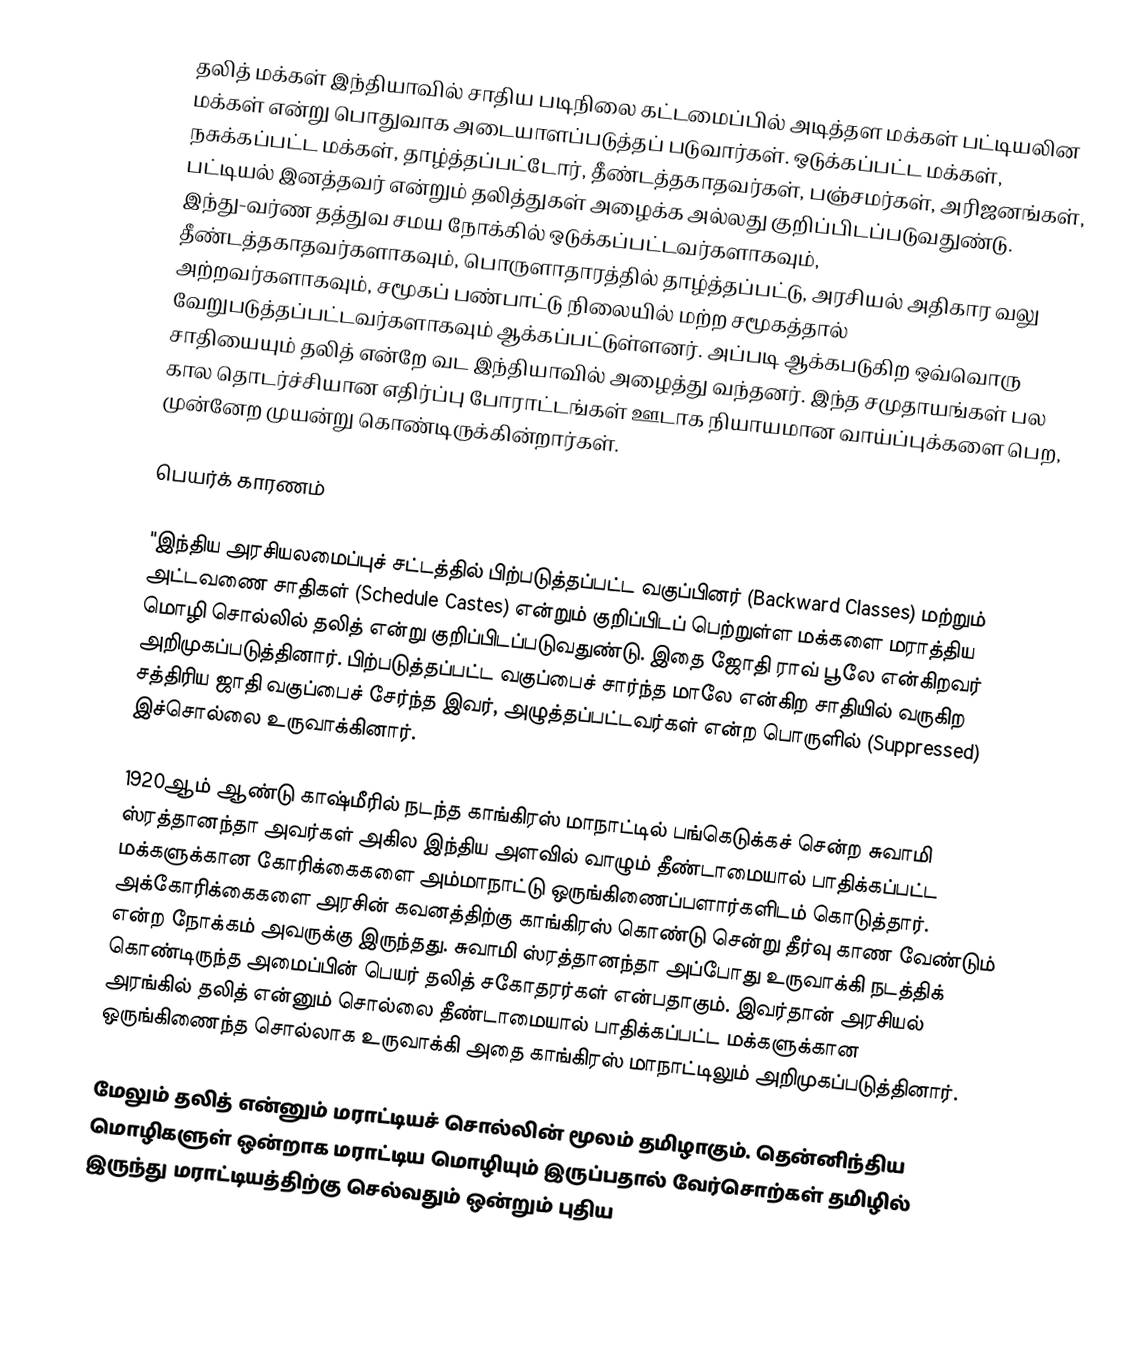
தலித் மக்கள் இந்தியாவில் சாதிய படிநிலை கட்டமைப்பில் அடித்தள மக்கள் பட்டியலின மக்கள் என்று பொதுவாக அடையாளப்படுத்தப் படுவார்கள். ஒடுக்கப்பட்ட மக்கள், நசுக்கப்பட்ட மக்கள், தாழ்த்தப்பட்டோர், தீண்டத்தகாதவர்கள், பஞ்சமர்கள், அரிஜனங்கள், பட்டியல் இனத்தவர் என்றும் தலித்துகள் அழைக்க அல்லது குறிப்பிடப்படுவதுண்டு. இந்து-வர்ண தத்துவ சமய நோக்கில் ஒடுக்கப்பட்டவர்களாகவும், தீண்டத்தகாதவர்களாகவும், பொருளாதாரத்தில் தாழ்த்தப்பட்டு, அரசியல் அதிகார வலு அற்றவர்களாகவும், சமூகப் பண்பாட்டு நிலையில் மற்ற சமூகத்தால் வேறுபடுத்தப்பட்டவர்களாகவும் ஆக்கப்பட்டுள்ளனர். அப்படி ஆக்கபடுகிற ஒவ்வொரு சாதியையும் தலித் என்றே வட இந்தியாவில் அழைத்து வந்தனர். இந்த சமுதாயங்கள் பல கால தொடர்ச்சியான எதிர்ப்பு போராட்டங்கள் ஊடாக நியாயமான வாய்ப்புக்களை பெற, முன்னேற முயன்று கொண்டிருக்கின்றார்கள்.

பெயர்க் காரணம்

"இந்திய அரசியலமைப்புச் சட்டத்தில் பிற்படுத்தப்பட்ட வகுப்பினர் (Backward Classes) மற்றும் அட்டவணை சாதிகள் (Schedule Castes) என்றும் குறிப்பிடப் பெற்றுள்ள  மக்களை மராத்திய மொழி சொல்லில் தலித் என்று குறிப்பிடப்படுவதுண்டு. இதை ஜோதி ராவ் பூலே என்கிறவர் அறிமுகப்படுத்தினார். பிற்படுத்தப்பட்ட வகுப்பைச் சார்ந்த மாலே என்கிற சாதியில் வருகிற சத்திரிய ஜாதி வகுப்பைச் சேர்ந்த இவர், அழுத்தப்பட்டவர்கள் என்ற பொருளில் (Suppressed) இச்சொல்லை உருவாக்கினார்.

1920ஆம் ஆண்டு காஷ்மீரில் நடந்த காங்கிரஸ் மாநாட்டில் பங்கெடுக்கச் சென்ற சுவாமி ஸ்ரத்தானந்தா அவர்கள் அகில இந்திய அளவில் வாழும் தீண்டாமையால் பாதிக்கப்பட்ட மக்களுக்கான கோரிக்கைகளை அம்மாநாட்டு ஒருங்கிணைப்பளார்களிடம் கொடுத்தார். அக்கோரிக்கைகளை அரசின் கவனத்திற்கு காங்கிரஸ் கொண்டு சென்று தீர்வு காண வேண்டும் என்ற நோக்கம் அவருக்கு இருந்தது. சுவாமி ஸ்ரத்தானந்தா அப்போது உருவாக்கி நடத்திக் கொண்டிருந்த அமைப்பின் பெயர் தலித் சகோதரர்கள் என்பதாகும். இவர்தான் அரசியல் அரங்கில் தலித் என்னும் சொல்லை தீண்டாமையால் பாதிக்கப்பட்ட மக்களுக்கான ஒருங்கிணைந்த சொல்லாக உருவாக்கி அதை காங்கிரஸ் மாநாட்டிலும் அறிமுகப்படுத்தினார்.

மேலும் தலித் என்னும் மராட்டியச் சொல்லின் மூலம் தமிழாகும். தென்னிந்திய மொழிகளுள் ஒன்றாக மராட்டிய மொழியும் இருப்பதால் வேர்சொற்கள் தமிழில் இருந்து மராட்டியத்திற்கு செல்வதும் ஒன்றும் புதிய